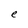
Character: e